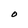
Character: O